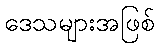
ဒေသများအဖြစ်